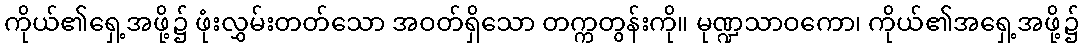
ကိုယ်၏ရှေ့အဖို့၌ ဖုံးလွှမ်းတတ်သော အဝတ်ရှိသော တက္ကတွန်းကို။ မုဏ္ဍသာဝကော၊ ကိုယ်၏အရှေ့အဖို့၌